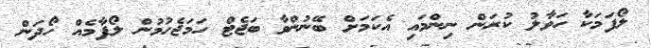
ލޯފަމަކާ ހަވާލު ކުރަން ނިންމައި އެކަމަށް ބޭނުންވާ ބަޖެޓް ހަމަޖެހުމުން ލޯފާމެއް ހޯދަން